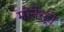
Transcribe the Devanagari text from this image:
मोनेस्‍ट्री